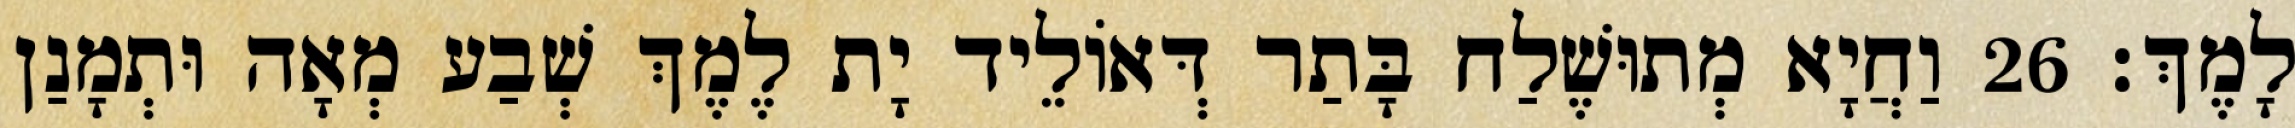
לָמֶךְ׃ 26 וַחֲיָא מְתוּשֶׁלַח בָּתַר דְּאוֹלֵיד יָת לֶמֶךְ שְׁבַע מְאָה וּתְמָנַן